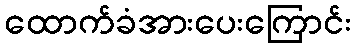
ထောက်ခံအားပေးကြောင်း